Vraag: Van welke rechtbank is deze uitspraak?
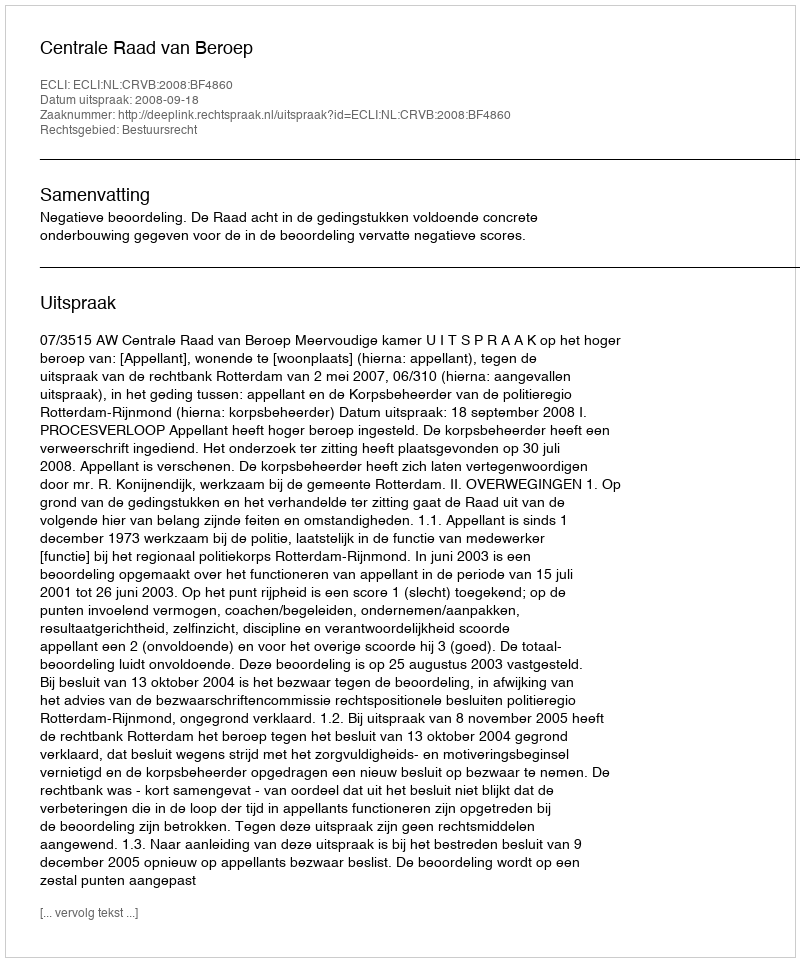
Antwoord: Centrale Raad van Beroep